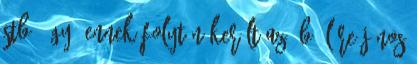
stb. Így, ennek folytán került az ÜB élére János